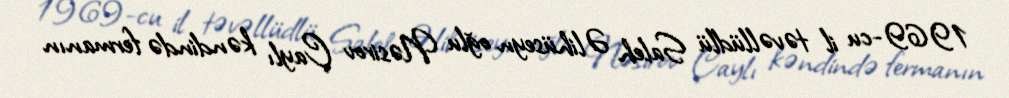
1969-cu il təvəllüdlü Saleh Əlihüseyn oğlu Nəsirov Çaylı kəndində fermanın